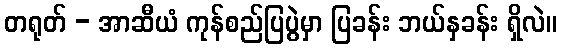
တရုတ် - အာဆီယံ ကုန်စည်ပြပွဲမှာ ပြခန်း ဘယ်နှခန်း ရှိလဲ။